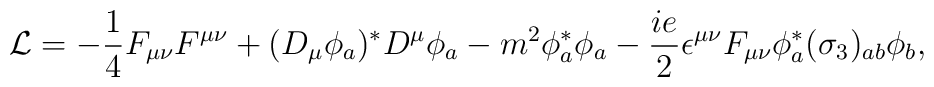
{\cal L} =  - {1\over 4} F_{\mu\nu} F^{\mu\nu} + (D_{\mu}\phi_{a})^{*} D^{\mu}\phi_{a} - m^{2}\phi_{a}^{*}\phi_{a} -{ie\over 2}\epsilon^{\mu\nu}F_{\mu\nu}\phi_{a}^{*}(\sigma_{3})_{ab}\phi_{b} ,